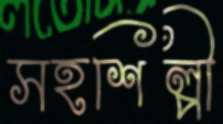
সহশিল্পী